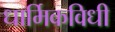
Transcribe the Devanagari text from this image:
धार्मिकविधी